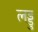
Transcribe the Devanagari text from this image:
लड्डु